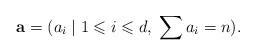
LaTeX: \begin{align*}\mathbf a=(a_i\; |\; 1\leqslant i\leqslant d,\; \sum a_i = n).\end{align*}